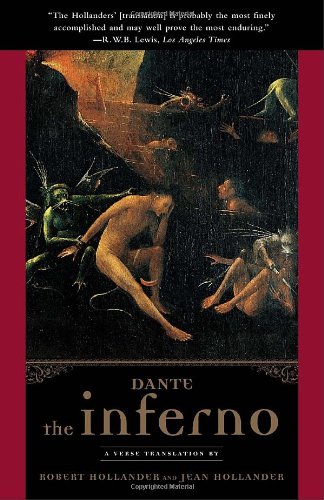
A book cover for The Inferno; Dante; Literature & Fiction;